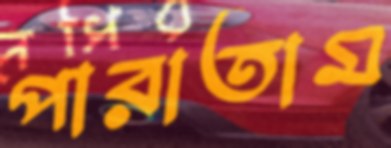
পারাতাম